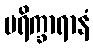
ပရိက္ခာရာနံ